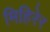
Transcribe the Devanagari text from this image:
मिहिरेर